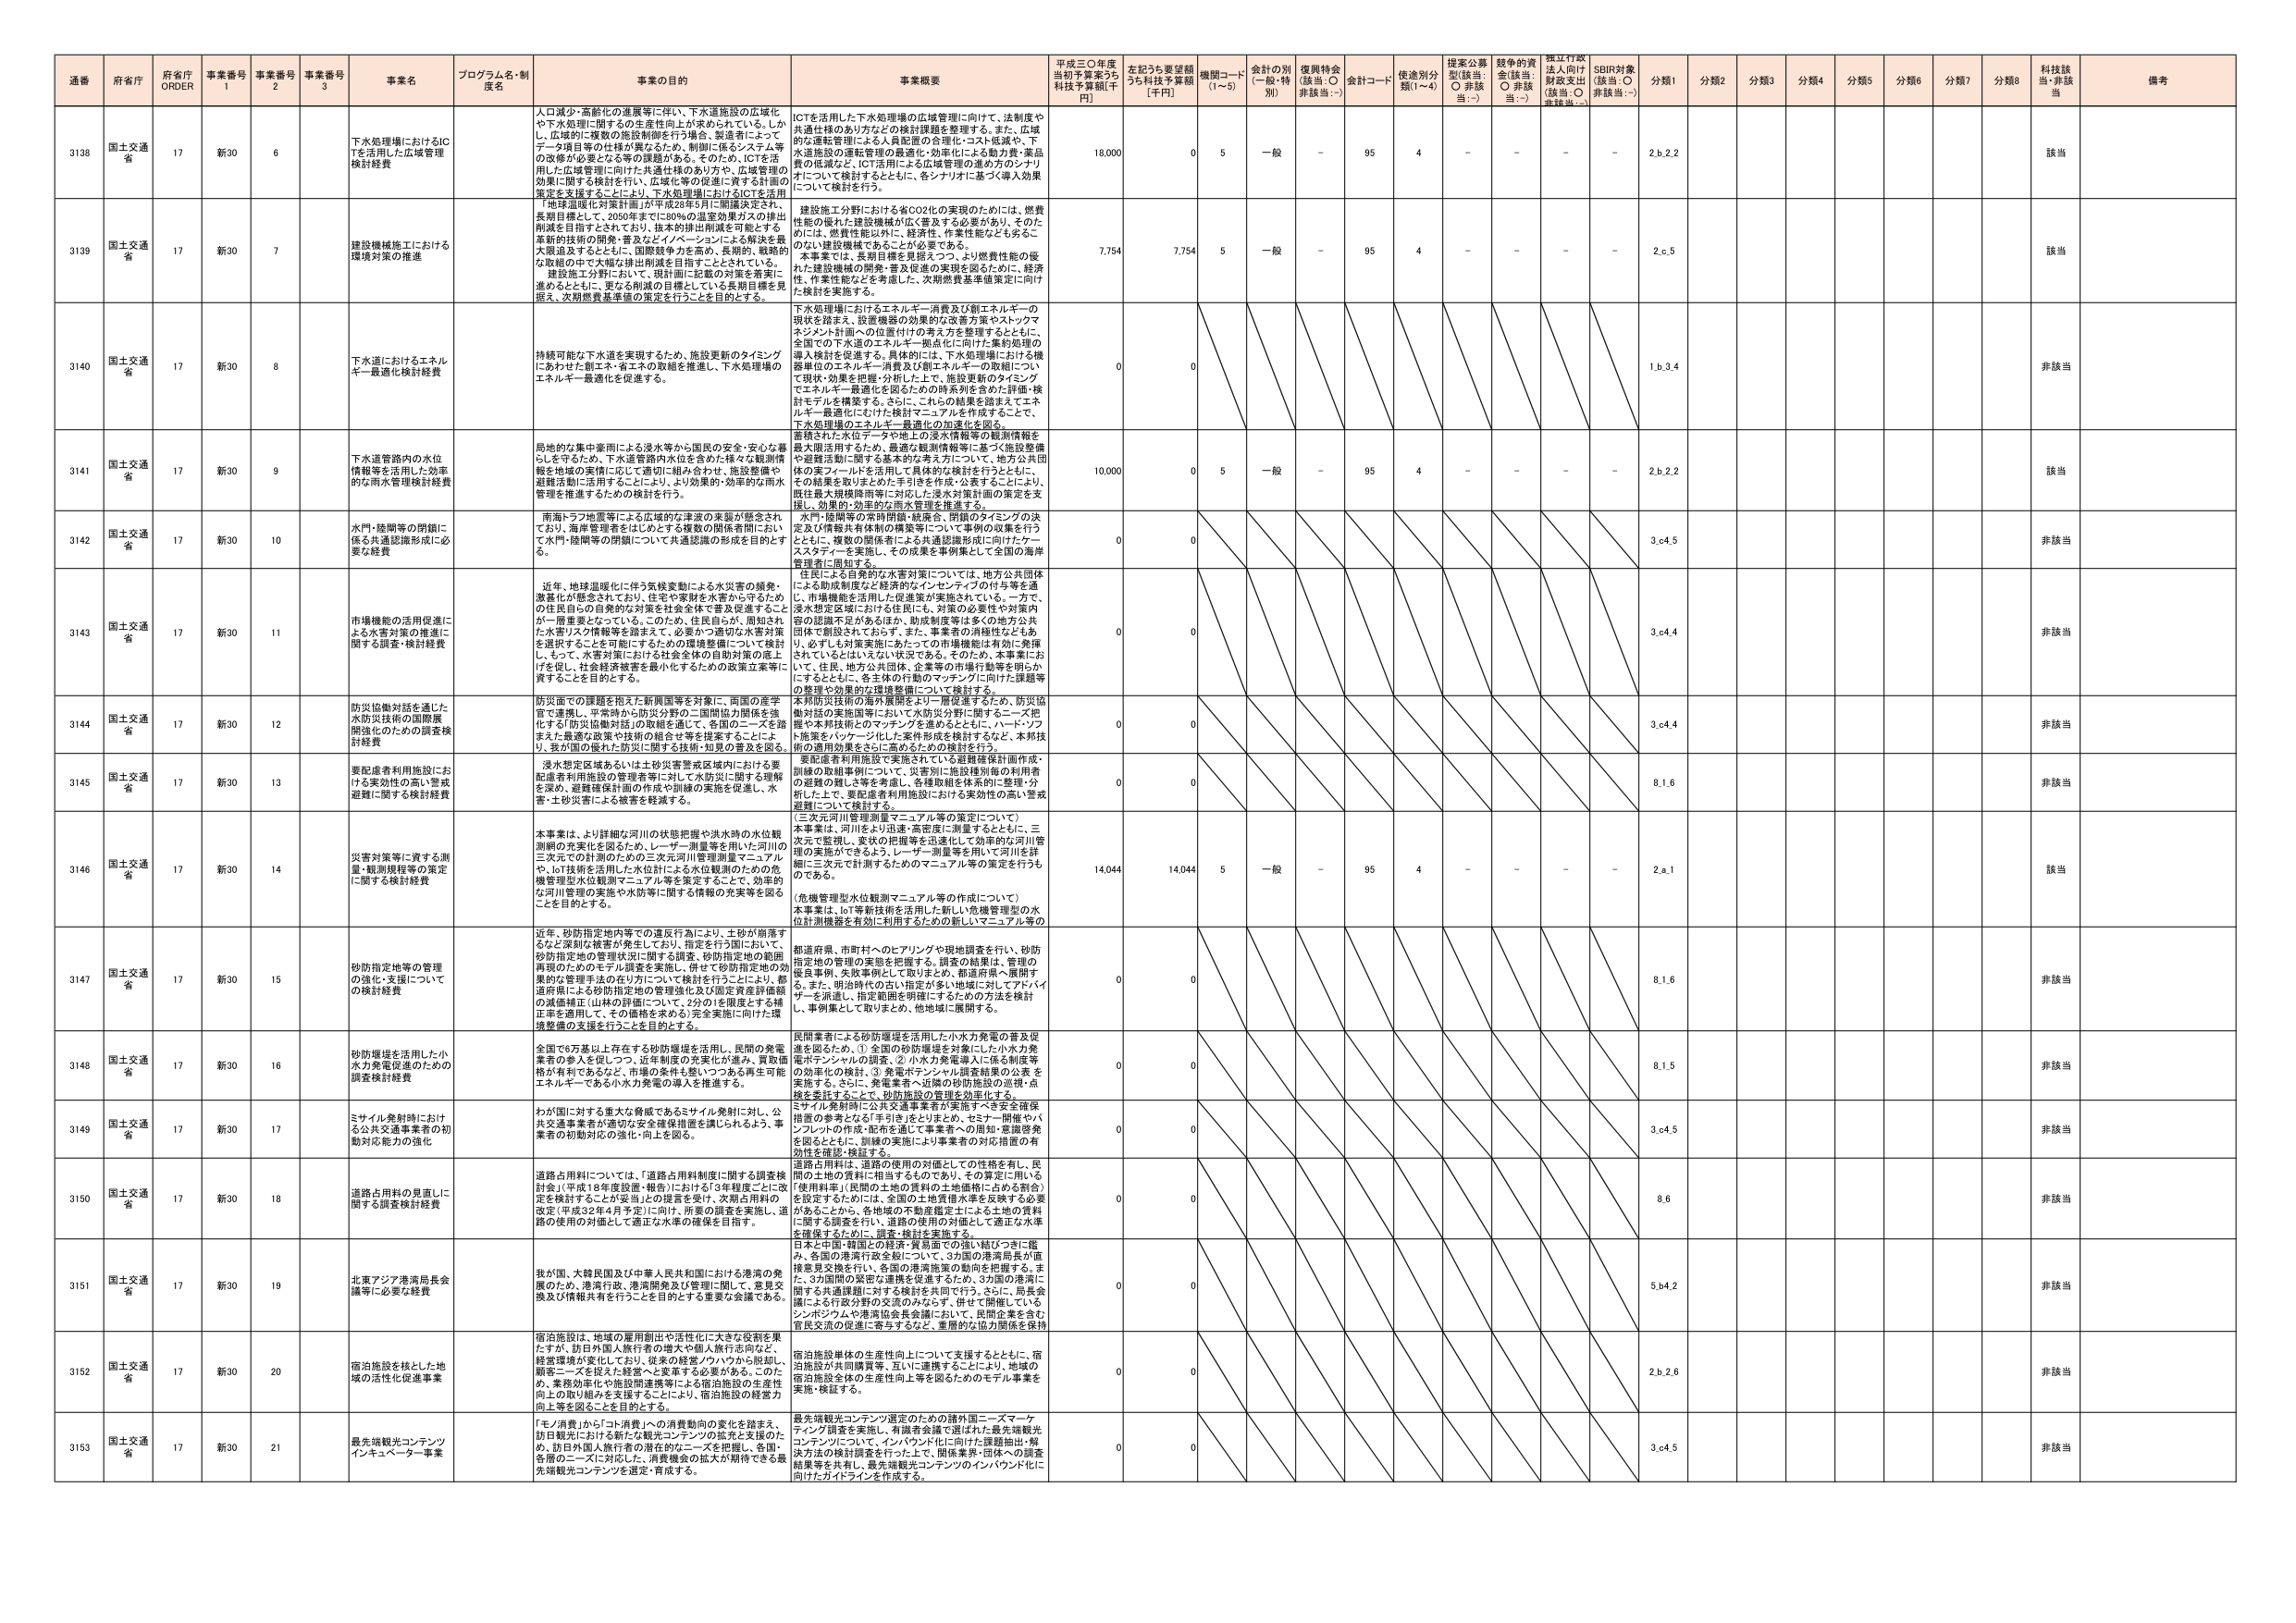
通番 府省庁 府省庁 ORDER 事業番号 1 事業番号 2 事業番号 3 事業名 プログラム名・制度名 事業の目的 事業概要 平成三〇年度当初予算案うち補正予算額[千円] 左記うち要望額うち補正予算額[千円] 機関コード(1～5) 会計の別(一般・特別) 復興特会(該当:○ 非該当:－) 会計コード 使途別分類(1～4) 提案公募型(該当:○ 非該当:－) 競争的資金(該当:○ 非該当:－) 採択行政法入向け財政支出(該当:○ 非該当:－) SDBI対象(該当:○ 非該当:－) 分類1 分類2 分類3 分類4 分類5 分類6 分類7 分類8 科技該当 備考

3138 国土交通省 17 新30 6 下水処理場におけるICTを活用した広域管理検討経費 人口減少・高齢化の進展等に伴い、下水道施設の広域化や下水処理に関するの生産性向上が求められている。しかし、広域的に複数の施設制御を行う場合、装置者によってデータ項目やの仕様が異なるため、制御に係るシステム等の改修が必要となる等の課題がある。そのため、ICTを活用した広域管理に向けた共通仕様のあり方や、広域管理の効果に関する検討を行い、広域化等の促進に資する計画の策定を支援することにより、下水処理場におけるICTを活用した広域管理の実現を図る。 ICTを活用した下水処理場の広域管理に向けて、法制度や共通仕様のあり方などの検討課題を整理する。また、広域的な運転管理による人員配置の合理化・コスト低減や、下水道施設の運転管理の最適化・効率化による動力費・薬品費の低減など、ICT活用による広域管理の進め方のシナリオについて検討するとともに、各シナリオに基づく導入効果について検討を行う。 18,000 0 5 一般 - 95 4 - - - - 2.b.2.2 該当

3139 国土交通省 17 新30 7 建設機械施工における環境対策の推進 長期目標として、2050年までに80%の温室効果ガスの排出削減を目指すとされており、抜本的排出削減を可能とする革新的技術の開発・普及などイノベーションによる解決を最大限追及するとともに、国際競争力を高め、長期的、戦略的な取組の中で大都市に集中し、環境対策を推進することとしている。建設施工分野において、現計画に記載の対策を着実に進めるとともに、更なる削減の目標としている長期目標を見据え、次期燃費基準値の策定を行うことを目的とする。 建設施工分野における省CO2化の実現のためには、燃費性能の優れた建設機械が広く普及する必要があり、そのためには、燃費性能以外に、経済性、作業性能などを含むこのない建設機械であることが必要である。本事業では、長期目標を見据えつつ、より燃費性能の優れた建設機械の開発・普及促進の実現を図るために、経済性、作業性能などを考慮し、次期燃費基準値策定に向けた検討を実施する。 7,754 7,754 5 一般 - 95 4 - - - - 2.e.5 該当

3140 国土交通省 17 新30 8 下水道におけるエネルギー最適化検討経費 持続可能な下水道を実現するため、施設更新のタイミングにあわせた都工ネ・省エネの取組を推進し、下水処理場のエネルギー最適化を促進する。 下水処理場におけるエネルギー消費及び創エネルギーの現状を踏まえ、設置機器の効果的な改善方策やストックマネジメント計画への位置付けの考え方を整理するとともに、全国での下水道のエネルギー拠点化に向けた集約処理の導入検討を促進する。具体的には、下水処理場における機器単位のエネルギー消費及び創エネルギーの取組について現状・効果を把握・分析した上で、施設更新のタイミングでエネルギー最適化を図るための時系列を含めた評価・検討モデルを構築する。さらに、これらの結果を踏まえてエネルギー最適化に向けた検討マニュアルを作成することで、下水処理場のエネルギー最適化の加速化を図る。 0 0 1.b.3.4 非該当

3141 国土交通省 17 新30 9 下水道管路内の水位情報等を活用した効率的な雨水管理検討経費 局地的な集中豪雨による浸水等から国民の安全・安心な暮らしを守るため、下水道管路内の水位を含めた様々な観測情報を地域の実情に応じた適切に組み合わせ、施設整備や避難活動に活用することにより、より効果的・効率的な雨水管理を推進するための検討を行う。 蓄積された水位データや地上の浸水情報等の観測情報を最大限活用するため、最適な観測情報等に基づく施設整備や避難活動に関する基本的な考え方について、地方公共団体の実フィールドを活用して具体的な検討を行うとともに、その結果を取まとめた手引きを作成・公表することにより、既往最大規模降雨等に対応した浸水対策計画の策定を支援し、効果的・効率的な雨水管理を推進する。 10,000 0 5 一般 - 95 4 - - - - 2.b.2.2 該当

3142 国土交通省 17 新30 10 水門・陸閘等の閉鎖に係る共通認識形成に必要な経費 南海トラフ地震等による広域的な津波の来襲が懸念されており、海岸管理者をはじめとする複数の関係者間において水門・陸閘等の閉鎖について共通認識の形成を目的とする。 水門・陸閘等の利用制限・統廃合、閉鎖のタイミングの決定及び情報共有体制の構築等について事例の収集を行うとともに、複数の関係者による共通認識形成に向けたケーススタディーを実施し、その成果を事例集として全国の海岸管理者に周知する。 0 0 3.o.4.5 非該当

3143 国土交通省 17 新30 11 市場機能の活用促進に伴う水害対策の推進に関する調査・検討経費 近年、地球温暖化に伴う気候変動による水災害の頻発、激甚化が懸念されており、住宅や家財を水害から守るための住民自らの自発的な対策を社会全体で普及促進することか一層重要となっている。このため、住民自らが、周知された水害リスク情報等を踏まえて、必要かつ適切な水害対策を選択することを可能にするための環境整備について検討し、もって、水害対策における社会全体の自助対策の底上げを促し、社会経済被害を最小化するための政策立案等に資することを目的とする。 住民による自発的な水害対策については、地方公共団体による助成制度など経済的なインセンティブの付与等を通じ、市場機能を活用した促進策が実施されている。一方で、浸水想定区域における住民には、対策の必要性や対策内容の認識不足があるほか、助成制度等は多くの地方公共団体で周知されておらず、事業者の消極性などもあ り、必ずしも対策実施にあたっての市場機能は有効に発揮されていないといえる状況である。そのため、本事業におい て、住民、地方公共団体、企業等の市場行動等を明らかにするとともに、自主的行動のマッチングに向けた課題等の整理や効果的な環境整備について検討する。 0 0 3.o.4.4 非該当

3144 国土交通省 17 新30 12 防災協働対話を通じた水防災技術の国際展開強化のための調査検討経費 防災面での課題を抱えた新興国等を対象に、両国の産学官で連携し、平常時から防災分野の二国間協力関係を強化する「防災協働対話」の取組を進めて、各国のニーズを踏まえた最適な政策や技術の紹介等を実施することにより、我が国の優れた防災に関する技術・知見の普及を図る。 本邦防災技術の海外展開をより一層促進するため、防災協働対話の実施国等において水防災分野に関するニーズ把握や本邦技術とのマッチングを進めるとともに、パートナープログラムを強化した成果を検討するとともに、本邦技術の適用効果をさらに高めるための検討を行う。 0 0 3.o.6.4 非該当

3145 国土交通省 17 新30 13 要配慮者利用施設における実効性の高い警戒避難に関する検討経費 浸水想定区域あるいは土砂災害警戒区域内における要配慮者利用施設の管理者等に対して水防災に関する理解を深め、避難確保計画の作成や訓練の実施を促進し、水害・土砂災害による被害を軽減する。 要配慮者利用施設で実施されている避難確保計画作成、訓練の取組事例について、災害別に施設種別毎の利用者の避難の難しさ等を考慮し、各種取組を体系的に整理・分析した上で、要配慮者利用施設における実効性の高い警戒避難について検討する。 0 0 8.1.6 非該当

3146 国土交通省 17 新30 14 災害対策等に資する測量・観測規模等の策定に関する検討経費 本事業は、より詳細な河川の状態把握や洪水時の水位観測網の充実化を図るため、レーザー測量等を用いた河川の三次元での計測のための三次元河川管理測量マニュアルや、IoT技術を活用した水位計による水位観測のための危機管理型水位観測マニュアル等を策定することで、効率的な河川管理の実施や水防災に関する情報の充実等を図ることを目的とする。 （三次元河川管理測量マニュアル等の策定について）本事業は、河川をより迅速・高密度に測量するとともに、三次元で観測し、変状の把握等を迅速化して効率的な河川管理の実施ができるよう、レーザー測量等を用いて河川を詳細に三次元で計測するためのマニュアル等の策定を行うものである。 （危機管理型水位観測マニュアル等の作成について）本事業は、IoT等新技術を活用した新しい危機管理型の水位計測機器を有効に利用するための新しいマニュアル等の 14,044 14,044 5 一般 - 95 4 - - - - 2.a.1 該当

3147 国土交通省 17 新30 15 砂防指定地等の管理の強化・支援についての検討経費 近年、砂防指定地内等での違反行為により、土砂が崩落するなど深刻な被害が発生しており、推定を行う間において、砂防指定地の管理状況に関する調査、砂防指定地の範囲再現のためのモデル調査を実施し、併せて砂防指定地の効果的な管理手法の在り方について検討を行うことにより、都道府県による砂防指定地の管理強化及び国定資質価値の減損補正（山林の計画について、2分の1を限度とする補正率を適用して、その価格を求める）完全実施に向けた環境整備の支援を行うことを目的とする。 都道府県、市町村へのヒアリングや現地調査を行い、砂防指定地の管理の実態を把握する。調査の結果は、管理の基本事例、失策例として取りまとめ、都道府県へ展開する。また、明治時代の古い指定が多い地域に対してアドバイザーを派遣し、指定範囲を明確にするための方法を検討し、事例集として取りまとめ、他地域に展開する。 0 0 8.1.6 非該当

3148 国土交通省 17 新30 16 砂防堰堤を活用した小水力発電促進のための調査検討経費 全国で6万基以上存在する砂防堰堤を活用し、民間の発電業者の参入を促しつつ、近年制度の充実化が進み、買取価格が有利であるなど、市場の条件も整いつつある再生可能エネルギーである小水力発電の導入を推進する。 民間業者による砂防堰堤を活用した小水力発電の普及促進を図るため、①全国の砂防堰堤を対象にした小水力発電ポテンシャルの調査、②小水力発電導入に係る制度等の効率化の検討、③発電ポテンシャル調査結果の公表を実施するとともに、発電業者へ近隣の砂防施設の巡視・点検を委託することで、砂防施設の管理を効率化する。 0 0 8.1.5 非該当

3149 国土交通省 17 新30 17 ミサイル発射時における公共交通事業者の初動対応能力の強化 わが国に対する重大な脅威であるミサイル発射に対し、公共交通事業者が適切な安全確保措置を講じられるよう、事業者の初動対応の強化・向上を図る。 ミサイル発射時に公共交通事業者が実施すべき安全確保措置の参考となる「手引き」等をまとめ、セミナー・開催やパンフレットの作成・配布を通じて事業者への周知・意識啓発を図るとともに、訓練の実施により事業者の対応措置の有効性を確認・検証する。 0 0 3.o.4.5 非該当

3150 国土交通省 17 新30 18 道路占用料の見直しに関する調査検討経費 道路占用料については、「道路占用料制度に関する調査検討会」（平成18年度設置・報告）における「3年程度ごとに改定を検討することが妥当」の提言を受け、次期占用料の改定（平成32年4月予定）に向け、所要の調査を実施し、道路の使用の対価として適正な水準の確保を目指す。 道路占用料は、道路の使用の対価としての性格を有し、民間の土地の賃料に相当するものであり、その算定に用いる「使用料率」（民間の土地の賃料の土地価格に占める割合）を設定するためには、全国の土地賃借水準を反映する必要がある。このため、各地域の不動産鑑定士による土地の賃料に関する調査を行い、道路の使用の対価として適正な水準を確保するために、調査・検討を実施する。 0 0 8.6 非該当

3151 国土交通省 17 新30 19 北東アジア港湾局長会議等に必要な経費 我が国、大韓民国及び中華人民共和国における港湾の発展のため、港湾行政、港湾開発及び管理に関して、意見交換及び情報共有を行うことを目的とする重要な会議である。 日本と中国・韓国との経済・貿易面での強い結びつきに鑑み、各国の港湾行政全般について、3カ国の港湾局長が直接意見交換を行い、各国の港湾施策の動向を把握する。また、3カ国間の緊密な連携を促進するため、3カ国の港湾に関する共通課題に対する検討を共同で行う。さらに、局長会議による行政分野の交流のみならず、併せて開催しているシンポジウムや港湾協会長会議において、民間企業を含む官民交流の促進に寄与するなど、重層的な協力関係を維持 0 0 5.b.4.2 非該当

3152 国土交通省 17 新30 20 宿泊施設を核とした地域の活性化促進事業 宿泊施設は、地域の雇用創出や活性化に大きな役割を果たすが、訪日外国人旅行者の増大や個人旅行志向など、経営環境が変化しており、従来の経営ノウハウから脱却し、顧客ニーズを捉えた経営へと変革する必要がある。このため、業務効率化や施設開発等による宿泊施設の生産性向上の取り組みを支援することにより、宿泊施設の経営力向上等を図ることを目的とする。 宿泊施設単体の生産性向上について支援するとともに、宿泊施設が共同購買等、互いに連携することにより、地域の宿泊施設全体の生産性向上等を図るためのモデル事業を実施・検証する。 0 0 2.b.2.6 非該当

3153 国土交通省 17 新30 21 最先端観光コンテンツインキュベーター事業 「モノ消費」から「コト消費」への消費動向の変化を踏まえ、訪日観光における新たな観光コンテンツの拡充と支援のため、訪日外国人旅行者の潜在的ニーズを把握し、各国を隔のニーズに対応した、消費機会の拡大が期待できる最先端観光コンテンツを選定・育成する。 最先端観光コンテンツ選定のための諸外国ニーズマーケティング調査を実施し、有識者会議で選ばれた最先端観光コンテンツについて、インバウンド化に向けた課題抽出・解決方法の検討調査を行う上で、関係業界・団体への調査結果等を共有し、最先端観光コンテンツのインバウンド化に向けたガイドラインを作成する。 0 0 3.o.4.5 非該当